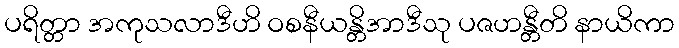
ပရိတ္တာ အကုသလာဒီဟိ ဝစနီယန္တိအာဒီသု ပဇဟန္တီတိ နာယိကာ